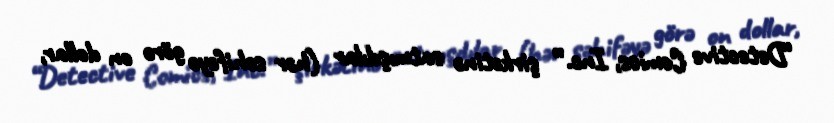
“Detective Comics, Inc.” şirkətinə satmışdılar (hər səhifəyə görə on dollar,